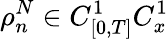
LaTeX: \rho_{n}^{N}\in C_{[0,T]}^{1}C_{x}^{1}